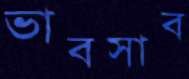
ভাবসাব